Plague in India, 1896, 1897 - Volume 4
Year: 1896
Disease focus: Plague
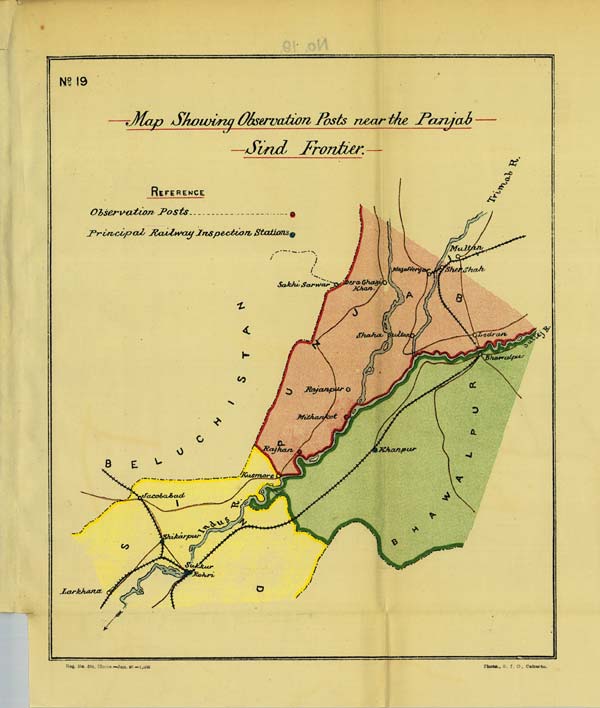
No: 19
Map Showing Observations Posts near the Panjab
Sind
Frontier.
Reg. No. 594, Home.—Jan. 96—1,000. Photo., S. I. O., Calcutta.